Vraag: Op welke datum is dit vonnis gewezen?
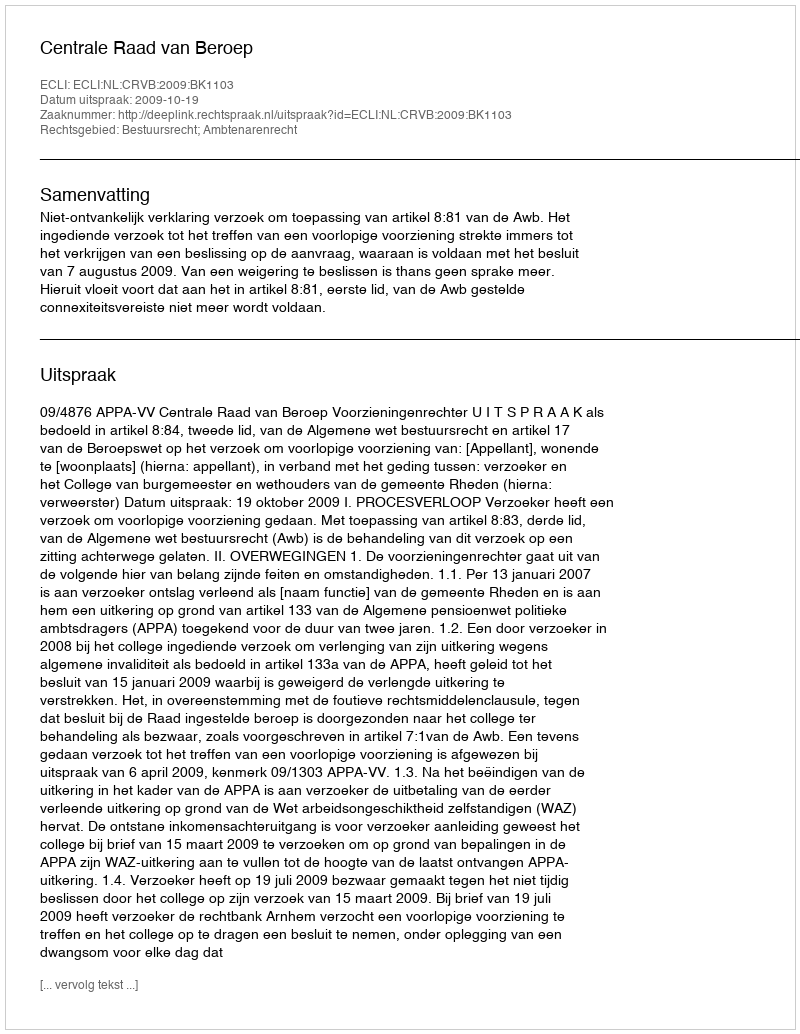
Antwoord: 2009-10-19